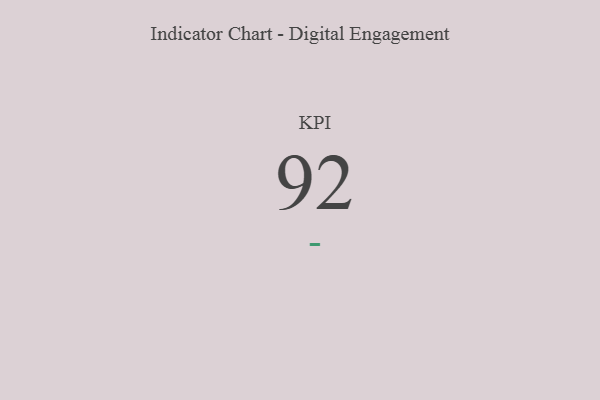
{"axis": {"x": "KPI", "y": "Value"}, "legend": [""], "data": [{"x": "KPI", "y": 92, "type": ""}]}